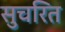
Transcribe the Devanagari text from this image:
सुचरित